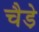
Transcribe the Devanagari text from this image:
चैडे़